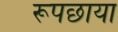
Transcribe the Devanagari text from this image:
रूपछाया